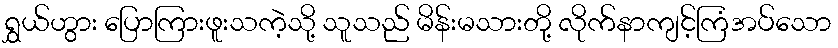
ရွှယ်ဟွား ပြောကြားဖူးသကဲ့သို့ သူသည် မိန်းမသားတို့ လိုက်နာကျင့်ကြံအပ်သော